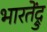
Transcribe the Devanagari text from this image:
भारतेंद्रु